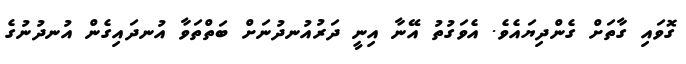
ގޮވައި ގާތަށް ގެންދިޔައެވެ. އެވަގުތު އޭނާ އިނީ ދަރުއުނދުނަށް ބަތްތަވާ އުނދައިގެން އުނދުނުގެ